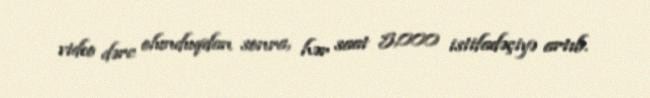
video dərc olunduqdan sonra, hər saat 5,000 istifadəçiyə artıb.